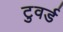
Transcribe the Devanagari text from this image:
टुवर्ड